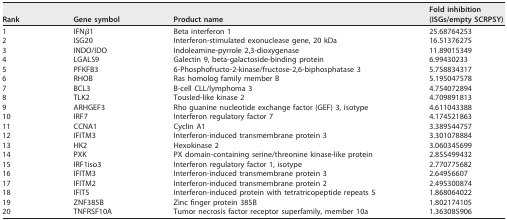
<table><thead><tr><td><b>Rank</b></td><td><b>Gene symbol</b></td><td><b>Product name</b></td><td><b>Fold inhibition (ISGs/empty SCRPSY)</b></td></tr></thead><tbody><tr><td>1</td><td>IFNβ1</td><td>Beta interferon 1</td><td>25.68764253</td></tr><tr><td>2</td><td>ISG20</td><td>Interferon-stimulated exonuclease gene, 20 kDa</td><td>16.51376275</td></tr><tr><td>3</td><td>INDO/IDO</td><td>Indoleamine-pyrrole 2,3-dioxygenase</td><td>11.89015349</td></tr><tr><td>4</td><td>LGALS9</td><td>Galectin 9, beta-galactoside-binding protein</td><td>6.99430233</td></tr><tr><td>5</td><td>PFKFB3</td><td>6-Phosphofructo-2-kinase/fructose-2,6-biphosphatase 3</td><td>5.758834317</td></tr><tr><td>6</td><td>RHOB</td><td>Ras homolog family member B</td><td>5.195047578</td></tr><tr><td>7</td><td>BCL3</td><td>B-cell CLL/lymphoma 3</td><td>4.754072894</td></tr><tr><td>8</td><td>TLK2</td><td>Tousled-like kinase 2</td><td>4.709891813</td></tr><tr><td>9</td><td>ARHGEF3</td><td>Rho guanine nucleotide exchange factor (GEF) 3, isotype</td><td>4.611043388</td></tr><tr><td>10</td><td>IRF7</td><td>Interferon regulatory factor 7</td><td>4.174521863</td></tr><tr><td>11</td><td>CCNA1</td><td>Cyclin A1</td><td>3.389544757</td></tr><tr><td>12</td><td>IFITM3</td><td>Interferon-induced transmembrane protein 3</td><td>3.301078884</td></tr><tr><td>13</td><td>HK2</td><td>Hexokinase 2</td><td>3.060345699</td></tr><tr><td>14</td><td>PXK</td><td>PX domain-containing serine/threonine kinase-like protein</td><td>2.855499432</td></tr><tr><td>15</td><td>IRF1iso3</td><td>Interferon regulatory factor 1, isotype</td><td>2.770775682</td></tr><tr><td>16</td><td>IFITM3</td><td>Interferon-induced transmembrane protein 3</td><td>2.64956607</td></tr><tr><td>17</td><td>IFITM2</td><td>Interferon-induced transmembrane protein 2</td><td>2.495300874</td></tr><tr><td>18</td><td>IFIT5</td><td>Interferon-induced protein with tetratricopeptide repeats 5</td><td>1.868064022</td></tr><tr><td>19</td><td>ZNF385B</td><td>Zinc finger protein 385B</td><td>1.802174105</td></tr><tr><td>20</td><td>TNFRSF10A</td><td>Tumor necrosis factor receptor superfamily, member 10a</td><td>1.363085906</td></tr></tbody></table>